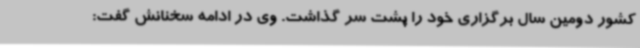
کشور دومین سال برگزاری خود را پشت سر گذاشت. وی در ادامه سخنانش گفت: